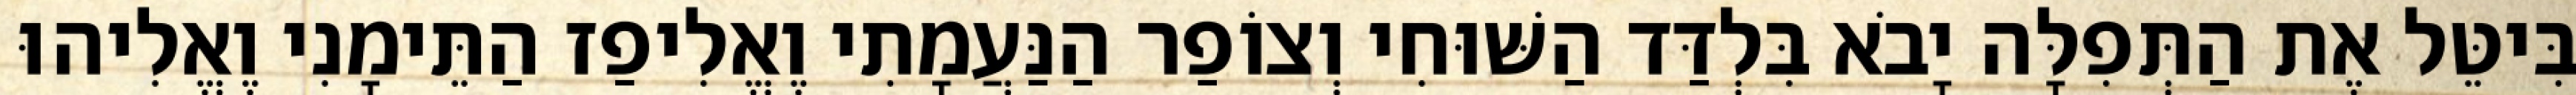
בִּיטֵּל אֶת הַתְּפִלָּה יָבֹא בִּלְדַּד הַשּׁוּחִי וְצוֹפַר הַנַּעֲמָתִי וֶאֱלִיפַז הַתֵּימָנִי וֶאֱלִיהוּ